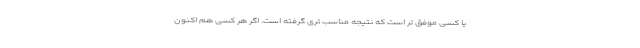
یا کسی موفق تر است که نتیجه مناسب تری گرفته است. اگر هر کسی هم اکنون